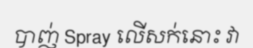
បាញ់ Spray លើសក់នោះ វា